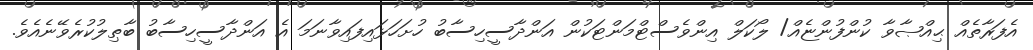
އެފަރާތެއް ޙިއްޞާވާ ކުންފުންޏެއް/ ލޯކަލް އިންވެސްޓްމަންޓަކުން އަންދާސީހިސާބު ހުށަހަޅައިފައިވާނަމަ އެ އަންދާސީހިސާބު ބާޠިލުކުރެވޭނެއެވެ.